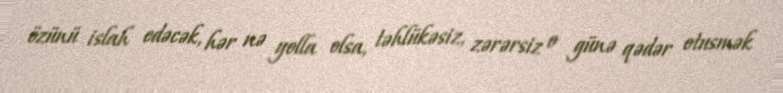
özünü islah edəcək, hər nə yolla olsa, təhlükəsiz, zərərsiz o günə qədər otusmək